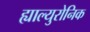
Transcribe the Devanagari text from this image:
ह्याल्युरोनिक